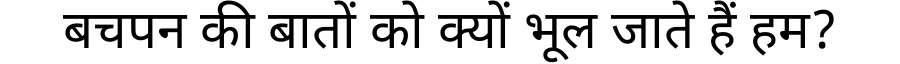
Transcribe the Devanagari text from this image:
बचपन की बातों को क्यों भूल जाते हैं हम?